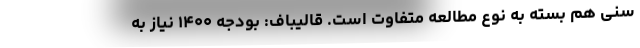
سنی هم بسته به نوع مطالعه متفاوت است. قالیباف: بودجه ۱۴۰۰ نیاز به